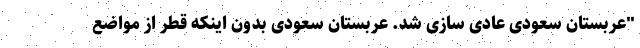
"عربستان سعودی عادی سازی شد. عربستان سعودی بدون اینکه قطر از مواضع